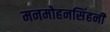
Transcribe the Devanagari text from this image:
मनमोहनसिंहनी